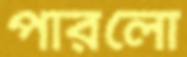
পারলো